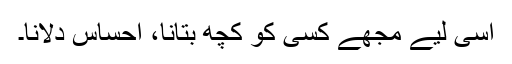
اسی لیے مجھے کسی کو کچھ بتانا، احساس دلانا۔